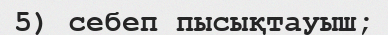
5) себеп пысықтауыш;